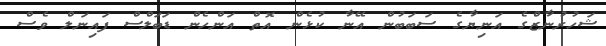
ޝަހުރުނާޒްގެ އަނިޔާގެ ސަބަބުން އޭނާ ކުޅެން އޮތް އަންހެން ޑަބަލްސް ފައިނަލް ވެސް